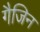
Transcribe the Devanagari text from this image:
गैजिन